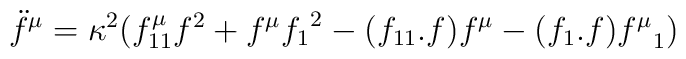
\ddot{f}^{\mu}=\kappa^2(f^{\mu}_{11}f^2 + f^\mu{f_1}^2-(f_{11}.f)f^{\mu}-(f_1.f){f^\mu}_1)